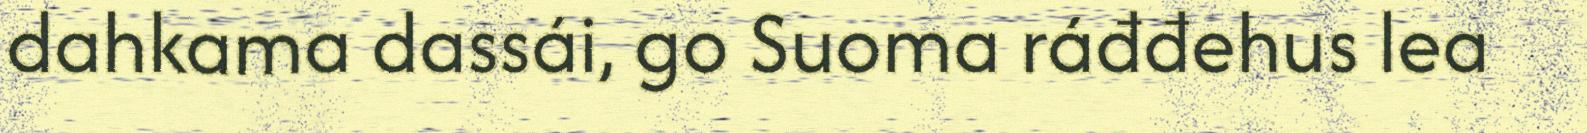
dahkama dassái, go Suoma ráđđehus lea